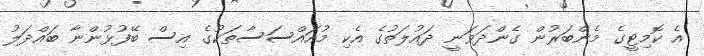
އެ ކޮމިޓީގެ މެންބަރުން ގެންދަވަނީ ދައުލަތުގެ އެކި މުއައްސަސާތަކުގެ އިސް ބޭފުޅުންނާ ބައްދަލު